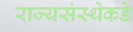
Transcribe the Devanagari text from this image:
राज्यसंस्थेकडे